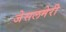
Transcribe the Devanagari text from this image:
जेसलमेरी